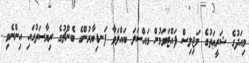
މިއަދުގެ ޝަރީޢަތުގެ މަޖިލިސް ފައްޓަވަމުން މައްސަލަ ބައްލަވާ ފަނޑިޔާރުންގެ ބެންޗުގެ ރިޔާސަތުގައި އިންނެވި